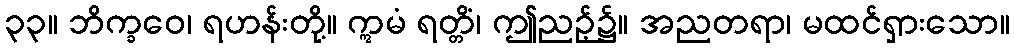
၃၃။ ဘိက္ခဝေ၊ ရဟန်းတို့။ ဣမံ ရတ္တိံ၊ ဤညဉ့်၌။ အညတရာ၊ မထင်ရှားသော။